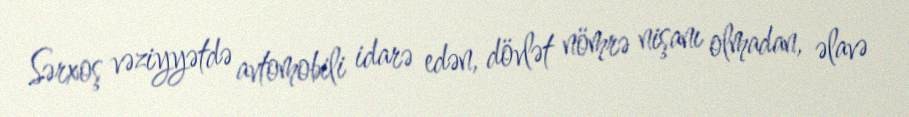
Sərxoş vəziyyətdə avtomobili idarə edən, dövlət nömrə nişanı olmadan, əlavə